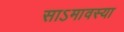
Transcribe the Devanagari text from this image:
साऽमावस्या